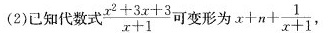
(2)已知代数式$$\frac { x ^ { 2 } + 3 x + 3 } { x + 1 }$$可变形为$$x + n + \frac { 1 } { x + 1 }$$，